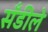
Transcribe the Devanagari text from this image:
सँडीले